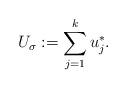
LaTeX: \begin{align*}U_\sigma := \sum_{j=1}^k u_j^*. \end{align*}